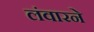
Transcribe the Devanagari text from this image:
लंवारने